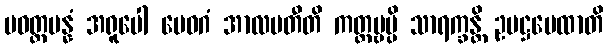
ပဝတ္တမန္နံ အရူပေါ မေဓဂံ အာလပတီတိ ကတ္တဗ္ဗမ္ပိ သာရက္ခန္တိ ဥပဋ္ဌပေထာတိ